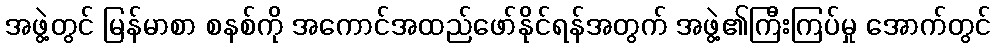
အဖွဲ့တွင် မြန်မာစာ စနစ်ကို အကောင်အထည်ဖော်နိုင်ရန်အတွက် အဖွဲ့၏ကြီးကြပ်မှု အောက်တွင်